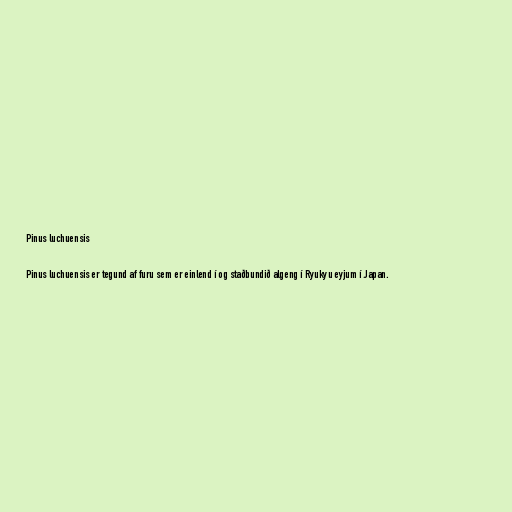
Pinus luchuensis

Pinus luchuensis er tegund af furu sem er einlend í og staðbundið algeng í Ryukyu eyjum í Japan.